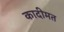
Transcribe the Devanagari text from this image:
कादीमत